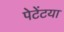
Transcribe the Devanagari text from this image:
पेटेंटया